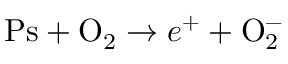
\mathrm { P s + O _ { 2 } } \to e ^ { + } + \mathrm { O _ { 2 } ^ { - } }